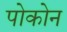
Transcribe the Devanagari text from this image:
पोकोन